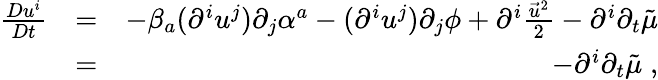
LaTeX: \begin{array}{rlr}{\frac{Du^{i}}{Dt}}&{=}&{-\beta_{a}(\partial^{i}u^{j})\partial_{j}\alpha^{a}-(\partial^{i}u^{j})\partial_{j}\phi+\partial^{i}\frac{\vec{u}^{2}}{2}-\partial^{i}\partial_{t}\tilde{\mu}}\\ &{=}&{-\partial^{i}\partial_{t}\tilde{\mu}\; ,}\end{array}